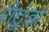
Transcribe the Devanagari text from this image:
रोटुंडा